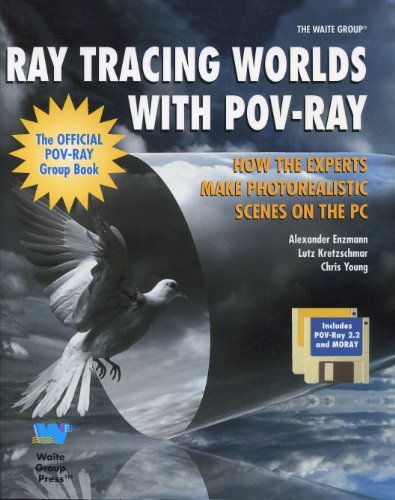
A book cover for Ray Tracing Worlds With Pov-Ray/Book and 2 Disks; Alexander Enzmann; Computers & Technology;